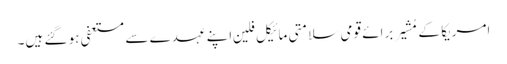
امریکا کے مُشیر برائے قومی سلامتی مائیکل فلین اپنے عہدے سے مستعفی ہو گئے ہیں۔